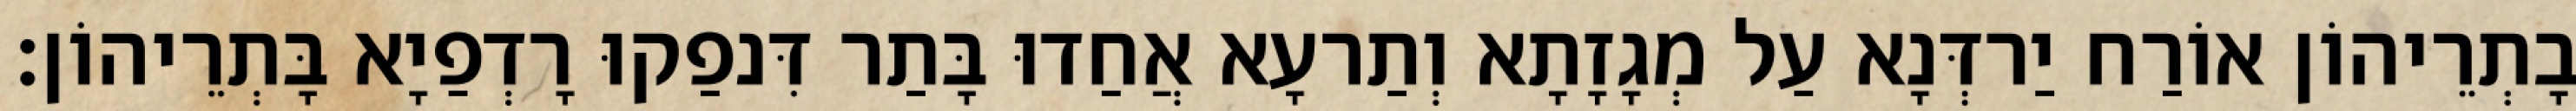
בָתְרֵיהוֹן אוֹרַח יַרדְּנָא עַל מְגָזָתָא וְתַרעָא אֲחַדוּ בָּתַר דִּנפַקוּ רָדְפַיָא בָּתְרֵיהוֹן׃